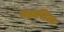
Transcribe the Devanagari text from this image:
महाशिला